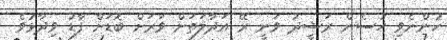
ހުންނެވި ހުސެން ރަޝީދު ވަނީ ރޭ އަދާލަތަށް ވަރަށް ބޮޑަށް ފާޑު ވިދާޅުވެ